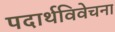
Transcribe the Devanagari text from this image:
पदार्थविवेचना